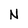
Character: N